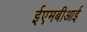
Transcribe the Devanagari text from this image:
ईएमबीआई